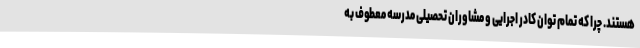
هستند. چرا که تمام توان کادر اجرایی و مشاوران تحصیلی مدرسه معطوف به